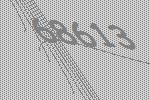
68613